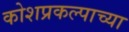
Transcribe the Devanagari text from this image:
कोशप्रकल्पाच्या